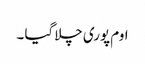
اوم پوری چلا گیا ۔